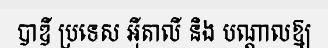
បាឌី ប្រទេស អ៊ីតាលី និង បណ្តាលឱ្យ